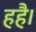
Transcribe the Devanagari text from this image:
हहै।